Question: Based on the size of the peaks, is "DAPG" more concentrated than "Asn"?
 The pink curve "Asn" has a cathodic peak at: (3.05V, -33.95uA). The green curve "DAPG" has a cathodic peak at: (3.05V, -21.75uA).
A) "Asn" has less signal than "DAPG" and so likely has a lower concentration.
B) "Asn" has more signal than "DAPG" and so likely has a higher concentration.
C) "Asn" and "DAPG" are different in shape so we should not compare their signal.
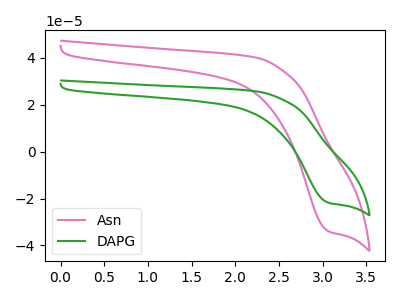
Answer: <think>All the peaks in "Asn" have a peak in "DAPG" at the same potential. Every peak in "Asn" is higher than every peak in "DAPG".
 </think>
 <answer>B) "Asn" has more signal than "DAPG" and so likely has a higher concentration.</answer>
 <eval>B</eval>